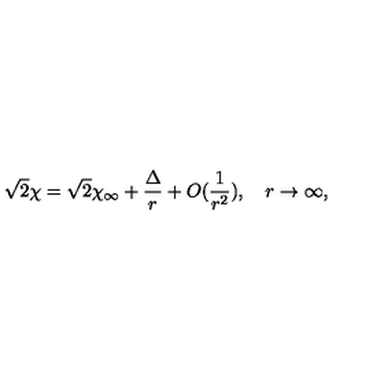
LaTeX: \sqrt { 2 } \chi = \sqrt { 2 } \chi _ { \infty } + \frac { \Delta } { r } + O ( \frac { 1 } { r ^ { 2 } } ) , \quad r \rightarrow \infty ,